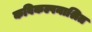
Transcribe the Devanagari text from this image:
कविकल्पनाश्रित